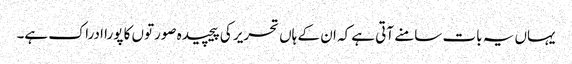
یہاں یہ بات سامنے آتی ہے کہ ان کے ہاں تحریر کی پیچیدہ صورتوں کا پورا ادراک ہے۔